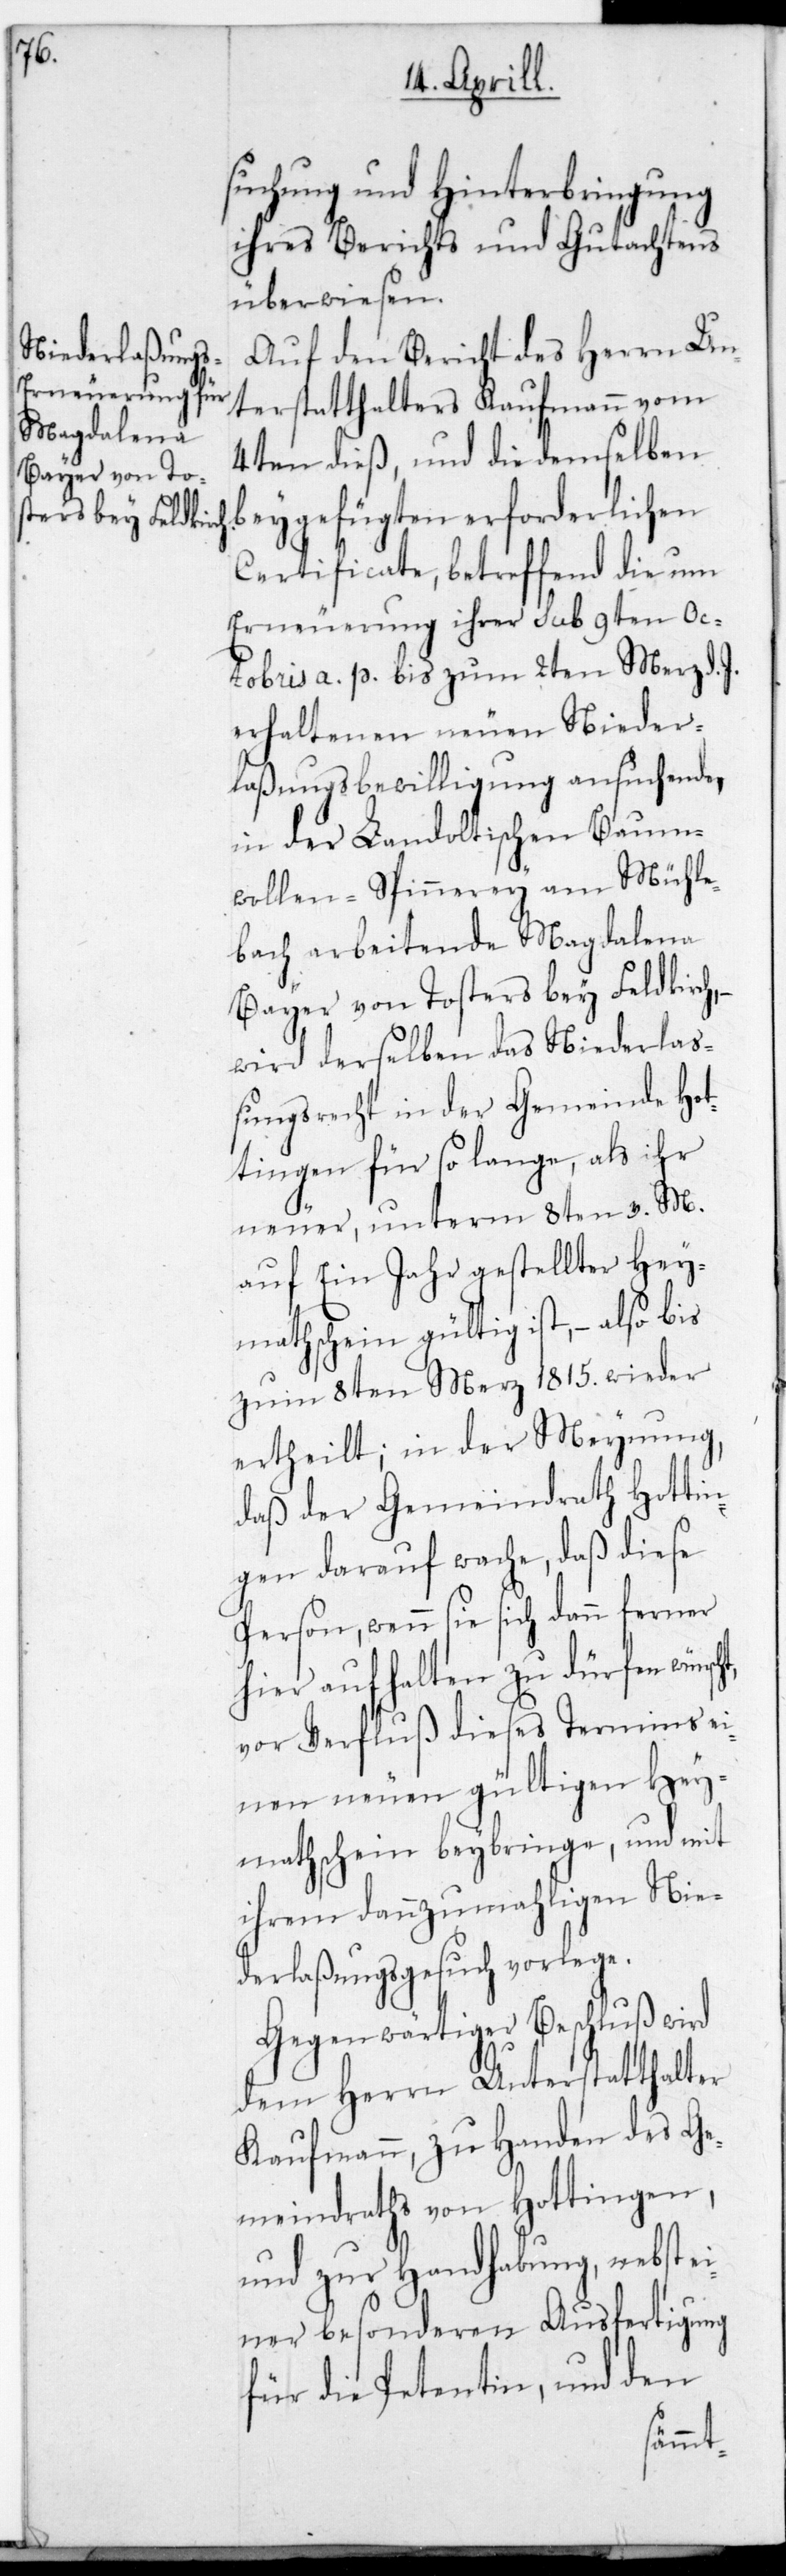
suchung und Hinterbringung
ihres Berichts und Gutachtens
überwiesen.
Auf den Bericht des Herrn Un¬
terstatthalters Kaufmann vom
4ten dieß, und die demselben
beygefügten erforderlichen
Certificate, betreffend die um
Erneuerung ihrer sub 9ten Oc¬
tobris a. p. bis zum 2ten Merz d. J.
erhaltenen neuen Nieder¬
laßungsbewilligung ansuchende,
in der Landoltischen Baum¬
wollen-Spinnerey am Mühle¬
bach arbeitende Magdalena
Bayer von Tosters bey Feldkirch,
wird derselben das Niederla¬
ßungsrecht in der Gemeinde Hot¬
tingen für so lange, als ihr
neuer, unterm 8ten v. M.
auf ein Jahr gestellter Hey¬
mathschein gültig ist, – also bis
zum 8ten Merz 1815 wieder
ertheilt; in der Meynung,
daß der Gemeindrath Hottin¬
gen darauf wache, daß diese
Person, wenn sie sich dann ferner
hier aufhalten zu dürfen wün¬
vor Verfluß dieses Termins ei¬
nen neuen gültigen Hey¬
mathschein beybringe, und mit
ihrem dannzumahligen Nie¬
derlaßungsgesuch vorlege.
Gegenwärtiger Beschluß wird
dem Herrn Unterstatthalter
Kaufmann zu Handen des Ge¬
meindraths von Hottingen,
und zur Handhabung nebst e¬
iner besonderen Ausfertigung
für die Petentin, und den
scht,